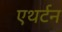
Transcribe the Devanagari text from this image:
एथर्टन